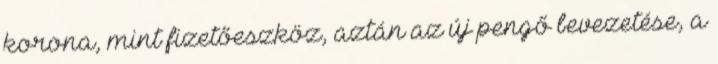
korona, mint fizetőeszköz, aztán az új pengő bevezetése, a